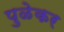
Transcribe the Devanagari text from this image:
पुळेकर